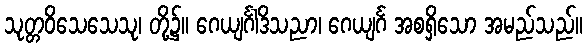
သုတ္တဝိသေသေသု၊ တို့၌။ ဂေယျင်္ဂါဒိသညာ၊ ဂေယျင်္ဂ အစရှိသော အမည်သည်။